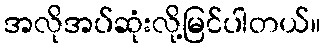
အလိုအပ်ဆုံးလို့မြင်ပါတယ်။